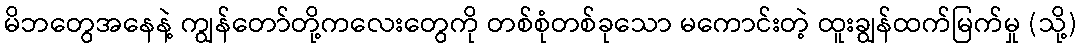
မိဘတွေအနေနဲ့ ကျွန်တော်တို့ကလေးတွေကို တစ်စုံတစ်ခုသော မကောင်းတဲ့ ထူးချွန်ထက်မြက်မှု (သို့)